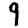
Digit: 9